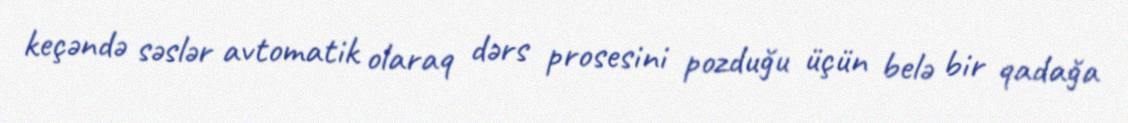
keçəndə səslər avtomatik olaraq dərs prosesini pozduğu üçün belə bir qadağa